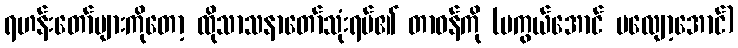
ရဟန်းတော်များကိုတော့ ထိုသာသနာတော်သုံးရပ်၏ တာဝန်ကို (မကွယ်အောင် မလျော့အောင်)